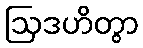
ဩဒဟိတွာ